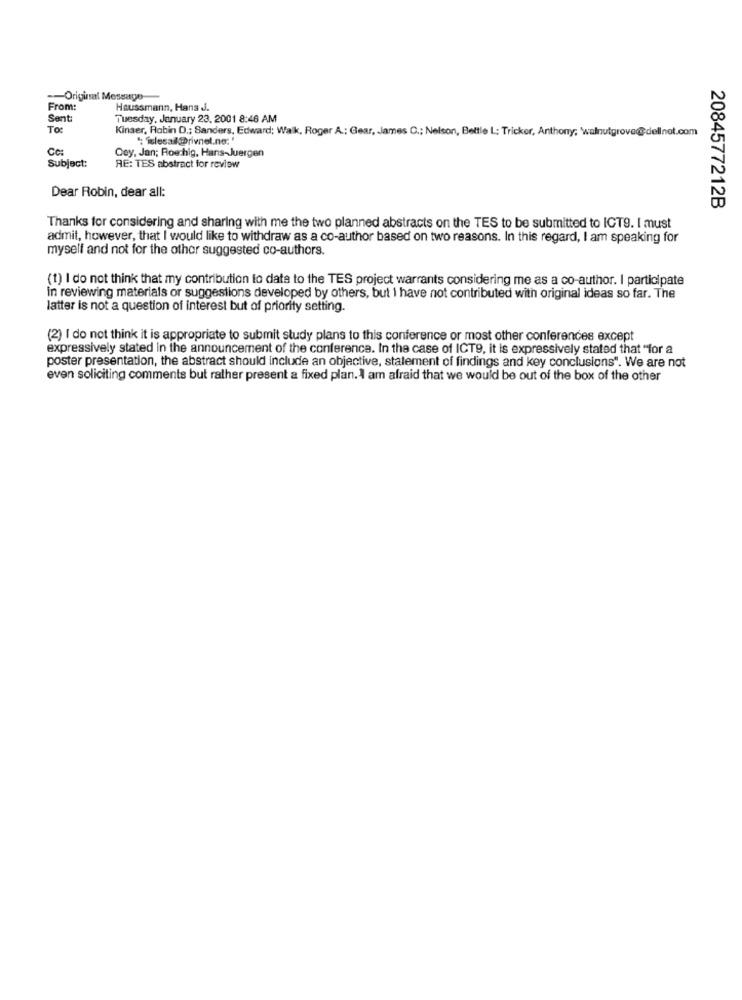
-Original Message
From:
Haussmann, Hans J.
Sent:
Tuesday, January 23, 2001 8:46 AM
To:
Kinser, Robin D .; Sanders, Edward; Walk, Roger A .: Gear, James C .; Nelson, Bettle L; Tricker, Anthony; walnutgrove@dellnot.com
": "iclesall@rivnel.no:'
Cc:
Subject:
Qey, Jan; Roechig, Hans-Juergen
RE: TES abstract for review
Dear Robin, dear all:
2084577212B
Thanks for considering and sharing with me the two planned abstracts on the TES to be submitted to ICT9. I must
admit, however, that I would like to withdraw as a co-author based on two reasons. In this regard, I am speaking for
myself and not for the other suggested co-authors.
(1) I do not think that my contribution to date to the TES project warrants considering me as a co-author. I participate
in reviewing materials or suggestions developed by others, but I have not contributed with original ideas so far. The
latter is not a question of interest but of priority setting.
(2) I do not think it is appropriate to submit study plans to this conference or most other conferences except
expressively stated in the announcement of the conference. In the case of ICT9, it is expressively stated that "for a
poster presentation, the abstract should include an objective, statement of findings and key conclusions". We are not
even soliciting comments but rather present a fixed plan. I am afraid that we would be out of the box of the other